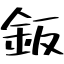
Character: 鈑